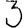
Digit: 3